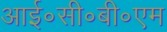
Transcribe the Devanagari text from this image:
आई॰सी॰बी॰एम